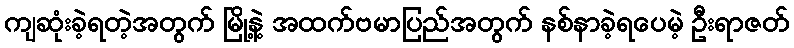
ကျဆုံးခဲ့ရတဲ့အတွက် မြို့နဲ့ အထက်ဗမာပြည်အတွက် နစ်နာခဲ့ရပေမဲ့ ဦးရာဇတ်